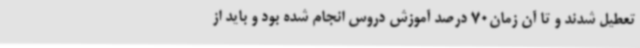
تعطیل شدند و تا آن زمان70 درصد آموزش دروس انجام شده بود و باید از